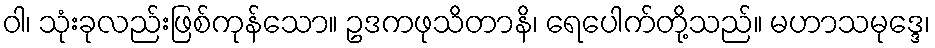
ဝါ၊ သုံးခုလည်းဖြစ်ကုန်သော။ ဥဒကဖုသိတာနိ၊ ရေပေါက်တို့သည်။ မဟာသမုဒ္ဒေ၊